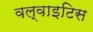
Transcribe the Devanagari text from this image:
वल्वाइटिस